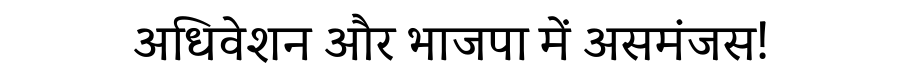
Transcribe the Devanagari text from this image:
अधिवेशन और भाजपा में असमंजस!